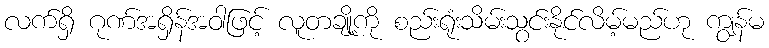
လက်ရှိ ဂုဏ်အရှိန်အဝါဖြင့် လူတချို့ကို စည်းရုံးသိမ်းသွင်းနိုင်လိမ့်မည်ဟု ကျွန်မ